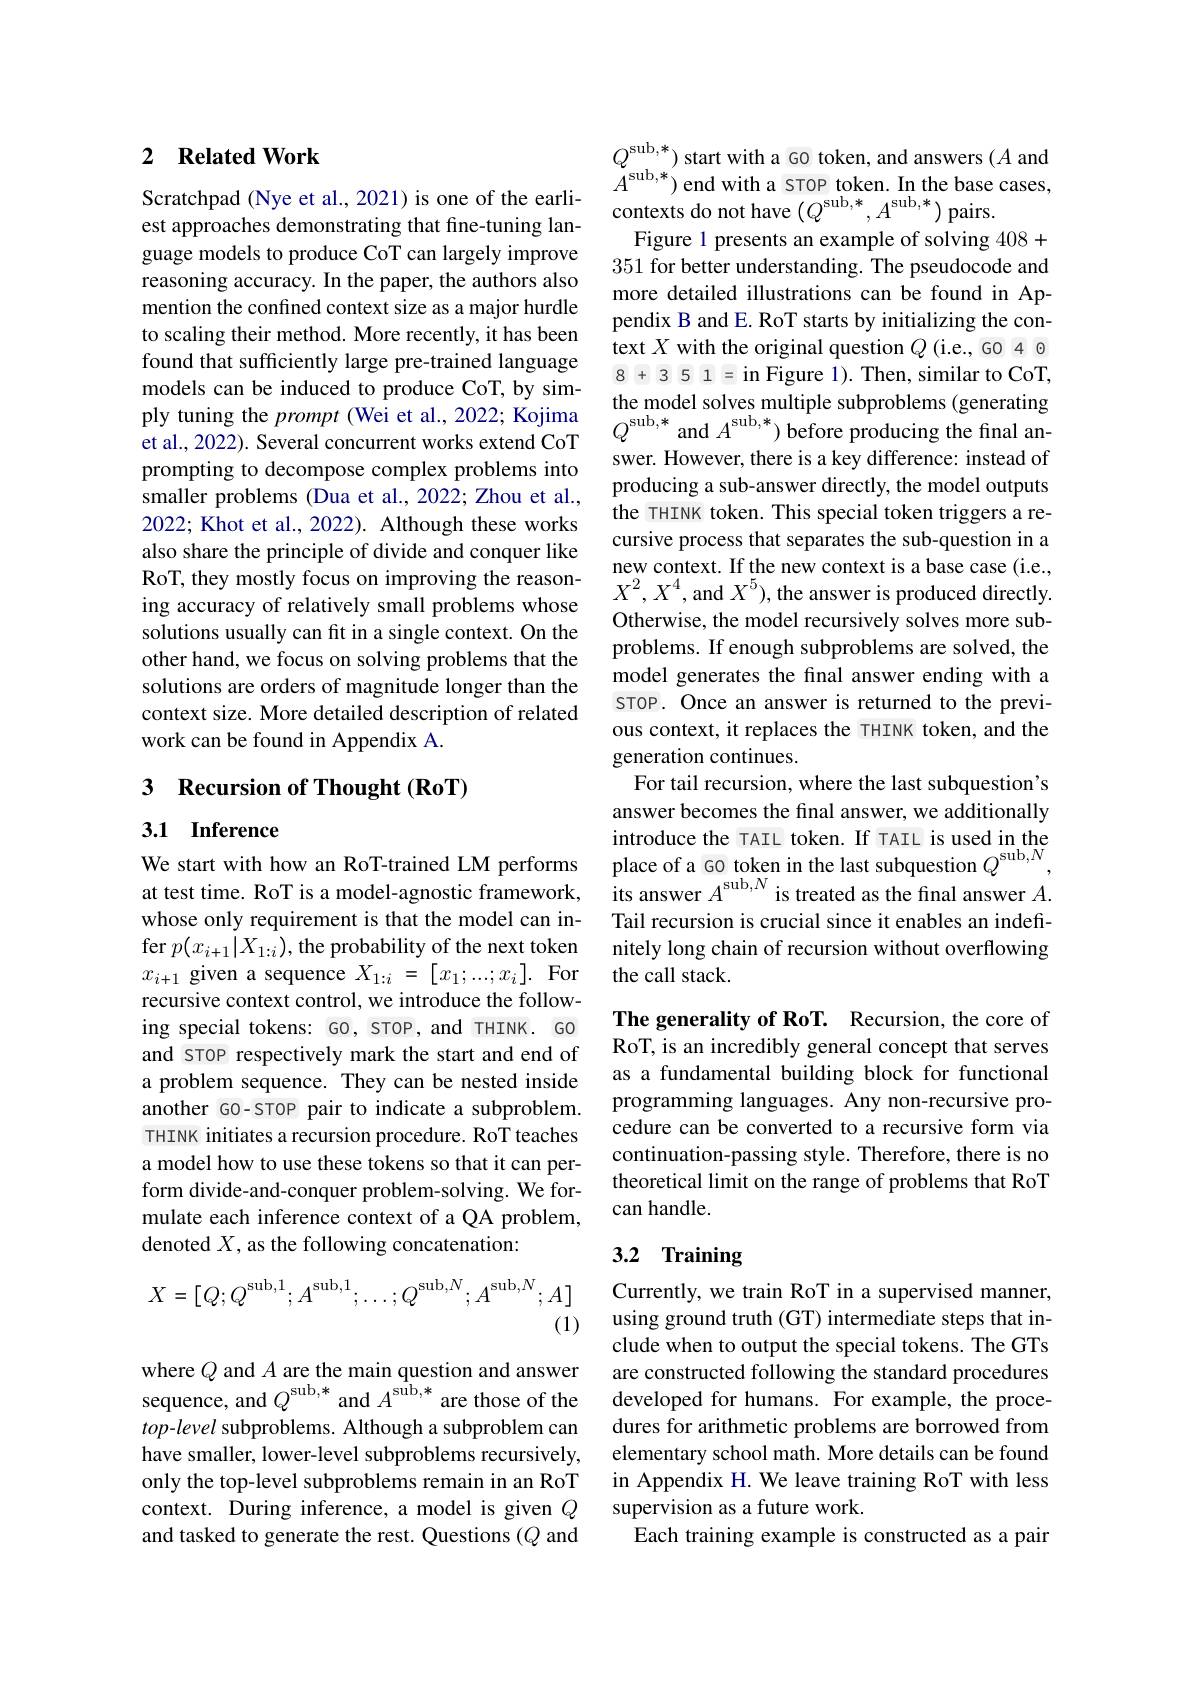
### 2 $\textbf{Related Work}$ Scratchpad (Nye et al., 2021) is one of the earli- $A^\mathrm{sub,*})$ end with a STOP token. In the base cases,

est approaches demonstrating that fine-tuning language models to produce CoT can largely improve reasoning accuracy. In the paper, the authors also mention the confined context size as a major hurdle to scaling their method. More recently, it has been found that sufficiently large pre-trained language models can be induced to produce CoT, by simply tuning the prompt (Wei et al., 2022; Kojima $Q^\mathrm{sub,*}$and $A^\mathrm{sub,*})$ before producing the final an-
et al., 2022). Several concurrent works extend CoT prompting to decompose complex problems into smaller problems (Dua et al., 2022; Zhou et al., 2022; Khot et al., 2022). Although these works also share the principle of divide and conquer like RoT, they mostly focus on improving the reasoning accuracy of relatively small problems whose solutions usually can fit in a single context. On the other hand, we focus on solving problems that the solutions are orders of magnitude longer than the context size. More detailed description of related work can be found in Appendix A.

## 3 Recursion of Thought (RoT)

## 3.1 Inference

We start with how an RoT-trained LM performs at test time. RoT is a model-agnostic framework, whose only requirement is that the model can infer $p(x_{i+1}|X_{1:i})$,the probability of the next token $x_{i+1}$ given a sequence $X_1:i=[x_1;...;x_i].$ For recursive context control, we introduce the following special tokens: GO, STOP, and THINK. GO and sTOP respectively mark the start and end of a problem sequence. They can be nested inside another GO-STOP pair to indicate a subproblem. THINK initiates a recursion procedure. RoT teaches a model how to use these tokens so that it can perform divide-and-conquer problem-solving. We formulate each inference context of a QA problem, denoted $X$, as the following concatenation:
$$X=\begin{bmatrix}Q;Q^{\text{sub},1};A^{\text{sub},1};\dots;Q^{\text{sub},N};A^{\text{sub},N};A\end{bmatrix}$$
(1)

where Q and $A$ are the main question and answer sequence, and $Q^\mathrm{sub,*}$ and $A^\mathrm{sub,*}$ are those of the top-level subproblems. Although a subproblem can have smaller, lower-level subproblems recursively, only the top-level subproblems remain in an RoT context. During inference, a model is given $Q$ and tasked to generate the rest. Questions (Q and

$Q_{\mathrm{cub~*}}^{\mathrm{sub,*}})$ start with a GO token, and answers ($A$ and
contexts do not have $(Q^\mathrm{sub,*},A^\mathrm{sub,*})$ pairs.
Figure 1 presents an example of solving 408+ 351 for better understanding. The pseudocode and more detailed illustrations can be found in Appendix B and E. RoT starts by initializing the context $X$ with the original question $Q$ (i.e., G0 4 08+351=in Figure 1). Then, similar to CoT, the model solves multiple subproblems (generating swer. However, there is a key difference: instead of producing a sub-answer directly, the model outputs the THINK token. This special token triggers a recursive process that separates the sub-question in a new context. If the new context is a base case (i.e., $X^2,X^4$,and $X^5)$,the answer is produced directly. Otherwise, the model recursively solves more subproblems. If enough subproblems are solved, the model generates the final answer ending with a STOP. Once an answer is returned to the previous context, it replaces the THINK token, and the generation continues.
For tail recursion, where the last subquestion's answer becomes the final answer, we additionally introduce the TAIL token. If TAIL is used in the place of a GO token in the last subquestion $Q^\mathrm{sub,N}$, its answer $A^\mathrm{sub,N}$ is treated as the final answer $A.$ Tail recursion is crucial since it enables an indefinitely long chain of recursion without overflowing the call stack
The generality of RoT. Recursion, the core of

RoT, is an incredibly general concept that serves as a fundamental building block for functional programming languages. Any non-recursive procedure can be converted to a recursive form via continuation-passing style. Therefore, there is no theoretical limit on the range of problems that RoT can handle.

# 3.2 Training

Currently, we train RoT in a supervised manner, using ground truth (GT) intermediate steps that include when to output the special tokens. The GTs are constructed following the standard procedures developed for humans. For example, the procedures for arithmetic problems are borrowed from elementary school math. More details can be found in Appendix H. We leave training RoT with less supervision as a future work.
Each training example is constructed as a pair